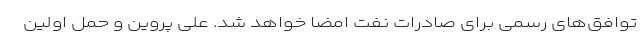
توافق‌های رسمی برای صادرات نفت امضا خواهد شد. علی پروین و حمل اولین